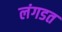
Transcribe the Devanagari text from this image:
लंगडत